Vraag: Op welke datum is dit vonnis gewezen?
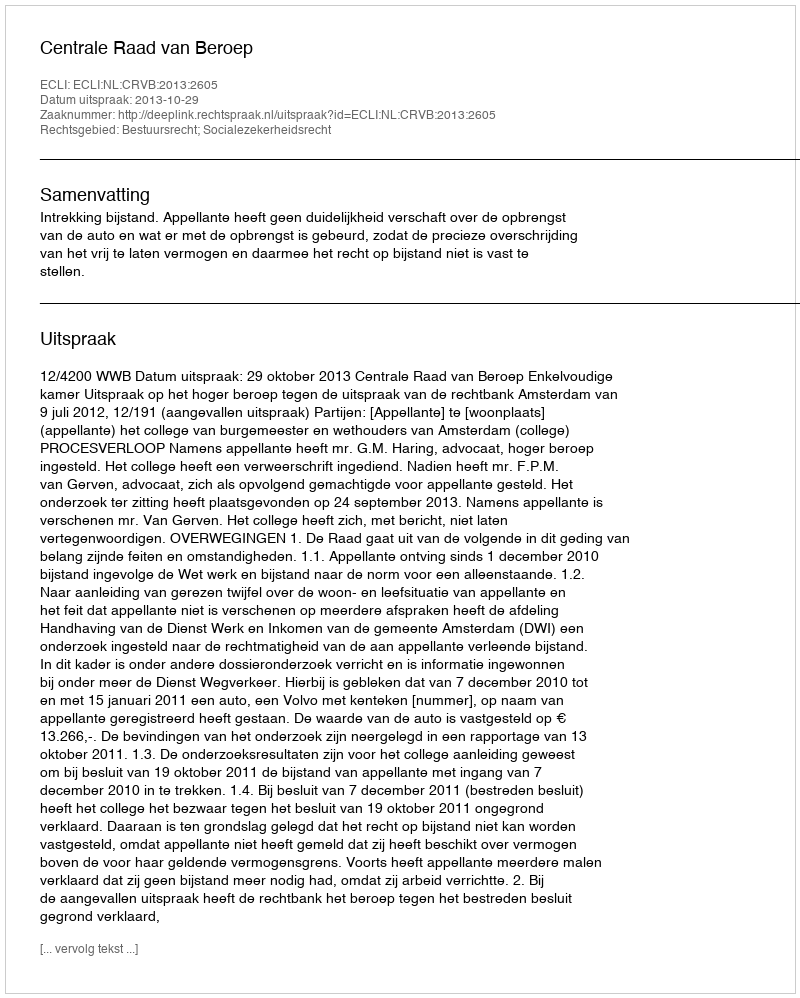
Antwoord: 2013-10-29